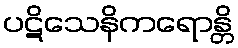
ပဋိသေနိကရောန္တိ